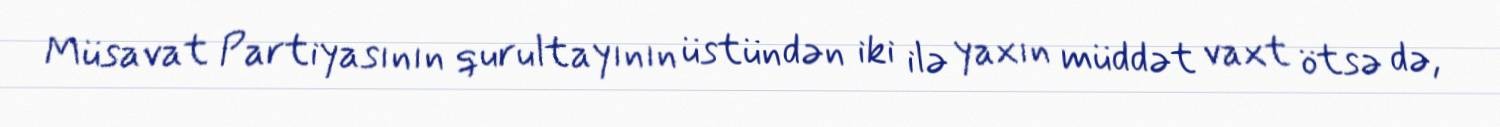
Müsavat Partiyasının qurultayının üstündən iki ilə yaxın müddət vaxt ötsə də,